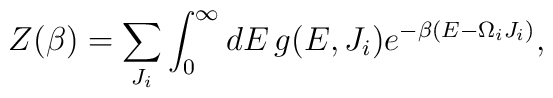
Z(\beta)=\sum_{J_i}\int^{\infty}_0dE\,g(E,J_i)e^{-\beta(E-\Omega_iJ_i)},